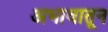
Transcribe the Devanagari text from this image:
अभावातून